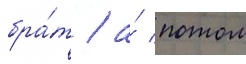
бра́т / а́ потом